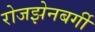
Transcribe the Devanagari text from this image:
रोजझेनबर्गी